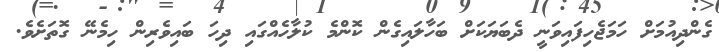
ގެންދިއުމަށް ހަމަޖެހިފައިވަނީ ދެބަޔަކަށް ބަހާލައިގެން ކޮންމެ ކުލާހެއްގައި ދިހަ ބައިވެރިން ހިމެނޭ ގޮތަށެވެ.